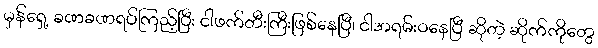
မှန်ရှေ့ ခဏခဏရပ်ကြည့်ပြီး ငါဖက်တီးကြီးဖြစ်နေပြီ၊ ငါအရမ်းဝနေပြီ ဆိုတဲ့ ဆိုက်ကိုတွေ